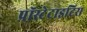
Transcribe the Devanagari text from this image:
प्रॉस्टेटाइटिस